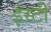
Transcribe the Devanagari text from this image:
ईस्टी